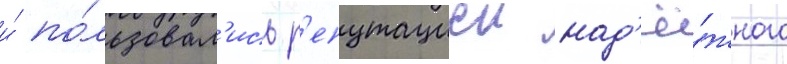
и́ по́льзовал'ись р'епутациеи над'ё́жного